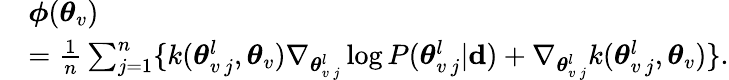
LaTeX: \begin{array}{rl}&{\boldsymbol{\phi}(\boldsymbol{\theta}_{v})}\\ &{=\frac{1}{n}\sum_{j=1}^{n}\lbrace k(\boldsymbol{\theta}_{v\, j}^{l},\boldsymbol{\theta}_{v})\nabla_{\boldsymbol{\theta}_{v\, j}^{l}}\log P(\boldsymbol{\theta}_{v\, j}^{l}|{\mathbf d})+\nabla_{\boldsymbol{\theta}_{v\, j}^{l}}k(\boldsymbol{\theta}_{v\, j}^{l},\boldsymbol{\theta}_{v})\rbrace.}\end{array}